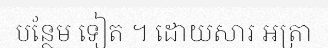
បន្ថែម ទៀត ។ ដោយសារ អត្រា